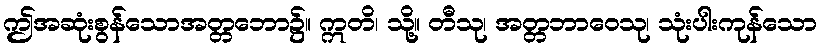
ဤအဆုံးစွန်သောအတ္တဘော၌။ ဣတိ၊ သို့။ တီသု၊ အတ္တဘာဝေသု၊ သုံးပါးကုန်သော